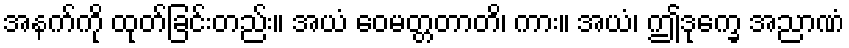
အနက်ကို ထုတ်ခြင်းတည်း။ အယံ ဝေမတ္တတာတိ၊ ကား။ အယံ၊ ဤဒုက္ခေ အညာဏံ